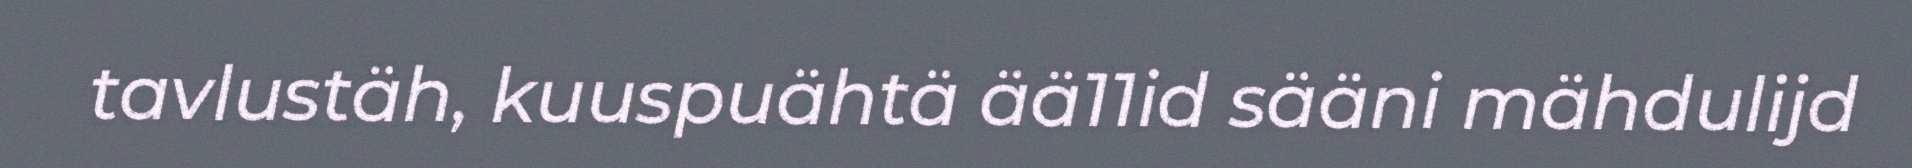
tavlustäh, kuuspuähtä ää11id sääni mähdulijd